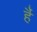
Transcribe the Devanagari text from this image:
र्है